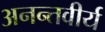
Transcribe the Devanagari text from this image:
अनन्तवीर्य